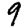
Digit: 9